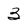
Character: 3